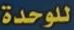
للوحدة